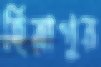
হিরাপুর